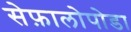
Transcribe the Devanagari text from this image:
सेफ़ालोपोडा